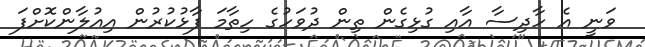
ވަނީ އެ ހާދިސާ އާއި ގުޅިގެން ތިން ދުވަހުގެ ހިތާމަ ފާޅުކުރުން އިއުލާންކޮށްފަ